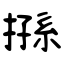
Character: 搎